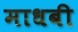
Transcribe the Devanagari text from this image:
माधबी